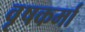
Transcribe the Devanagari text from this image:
वृषकर्मा